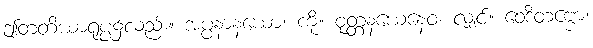
ဤတတိယာရုပ္ပ၌လည်း။ အပ္ပနာနယော၊ ကို။ ဝုတ္တနယေနေဝ၊ လျှင်။ ဝေဒိတဗ္ဗော၊